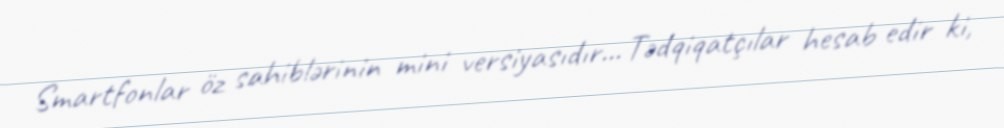
Smartfonlar öz sahiblərinin mini versiyasıdır... Tədqiqatçılar hesab edir ki,